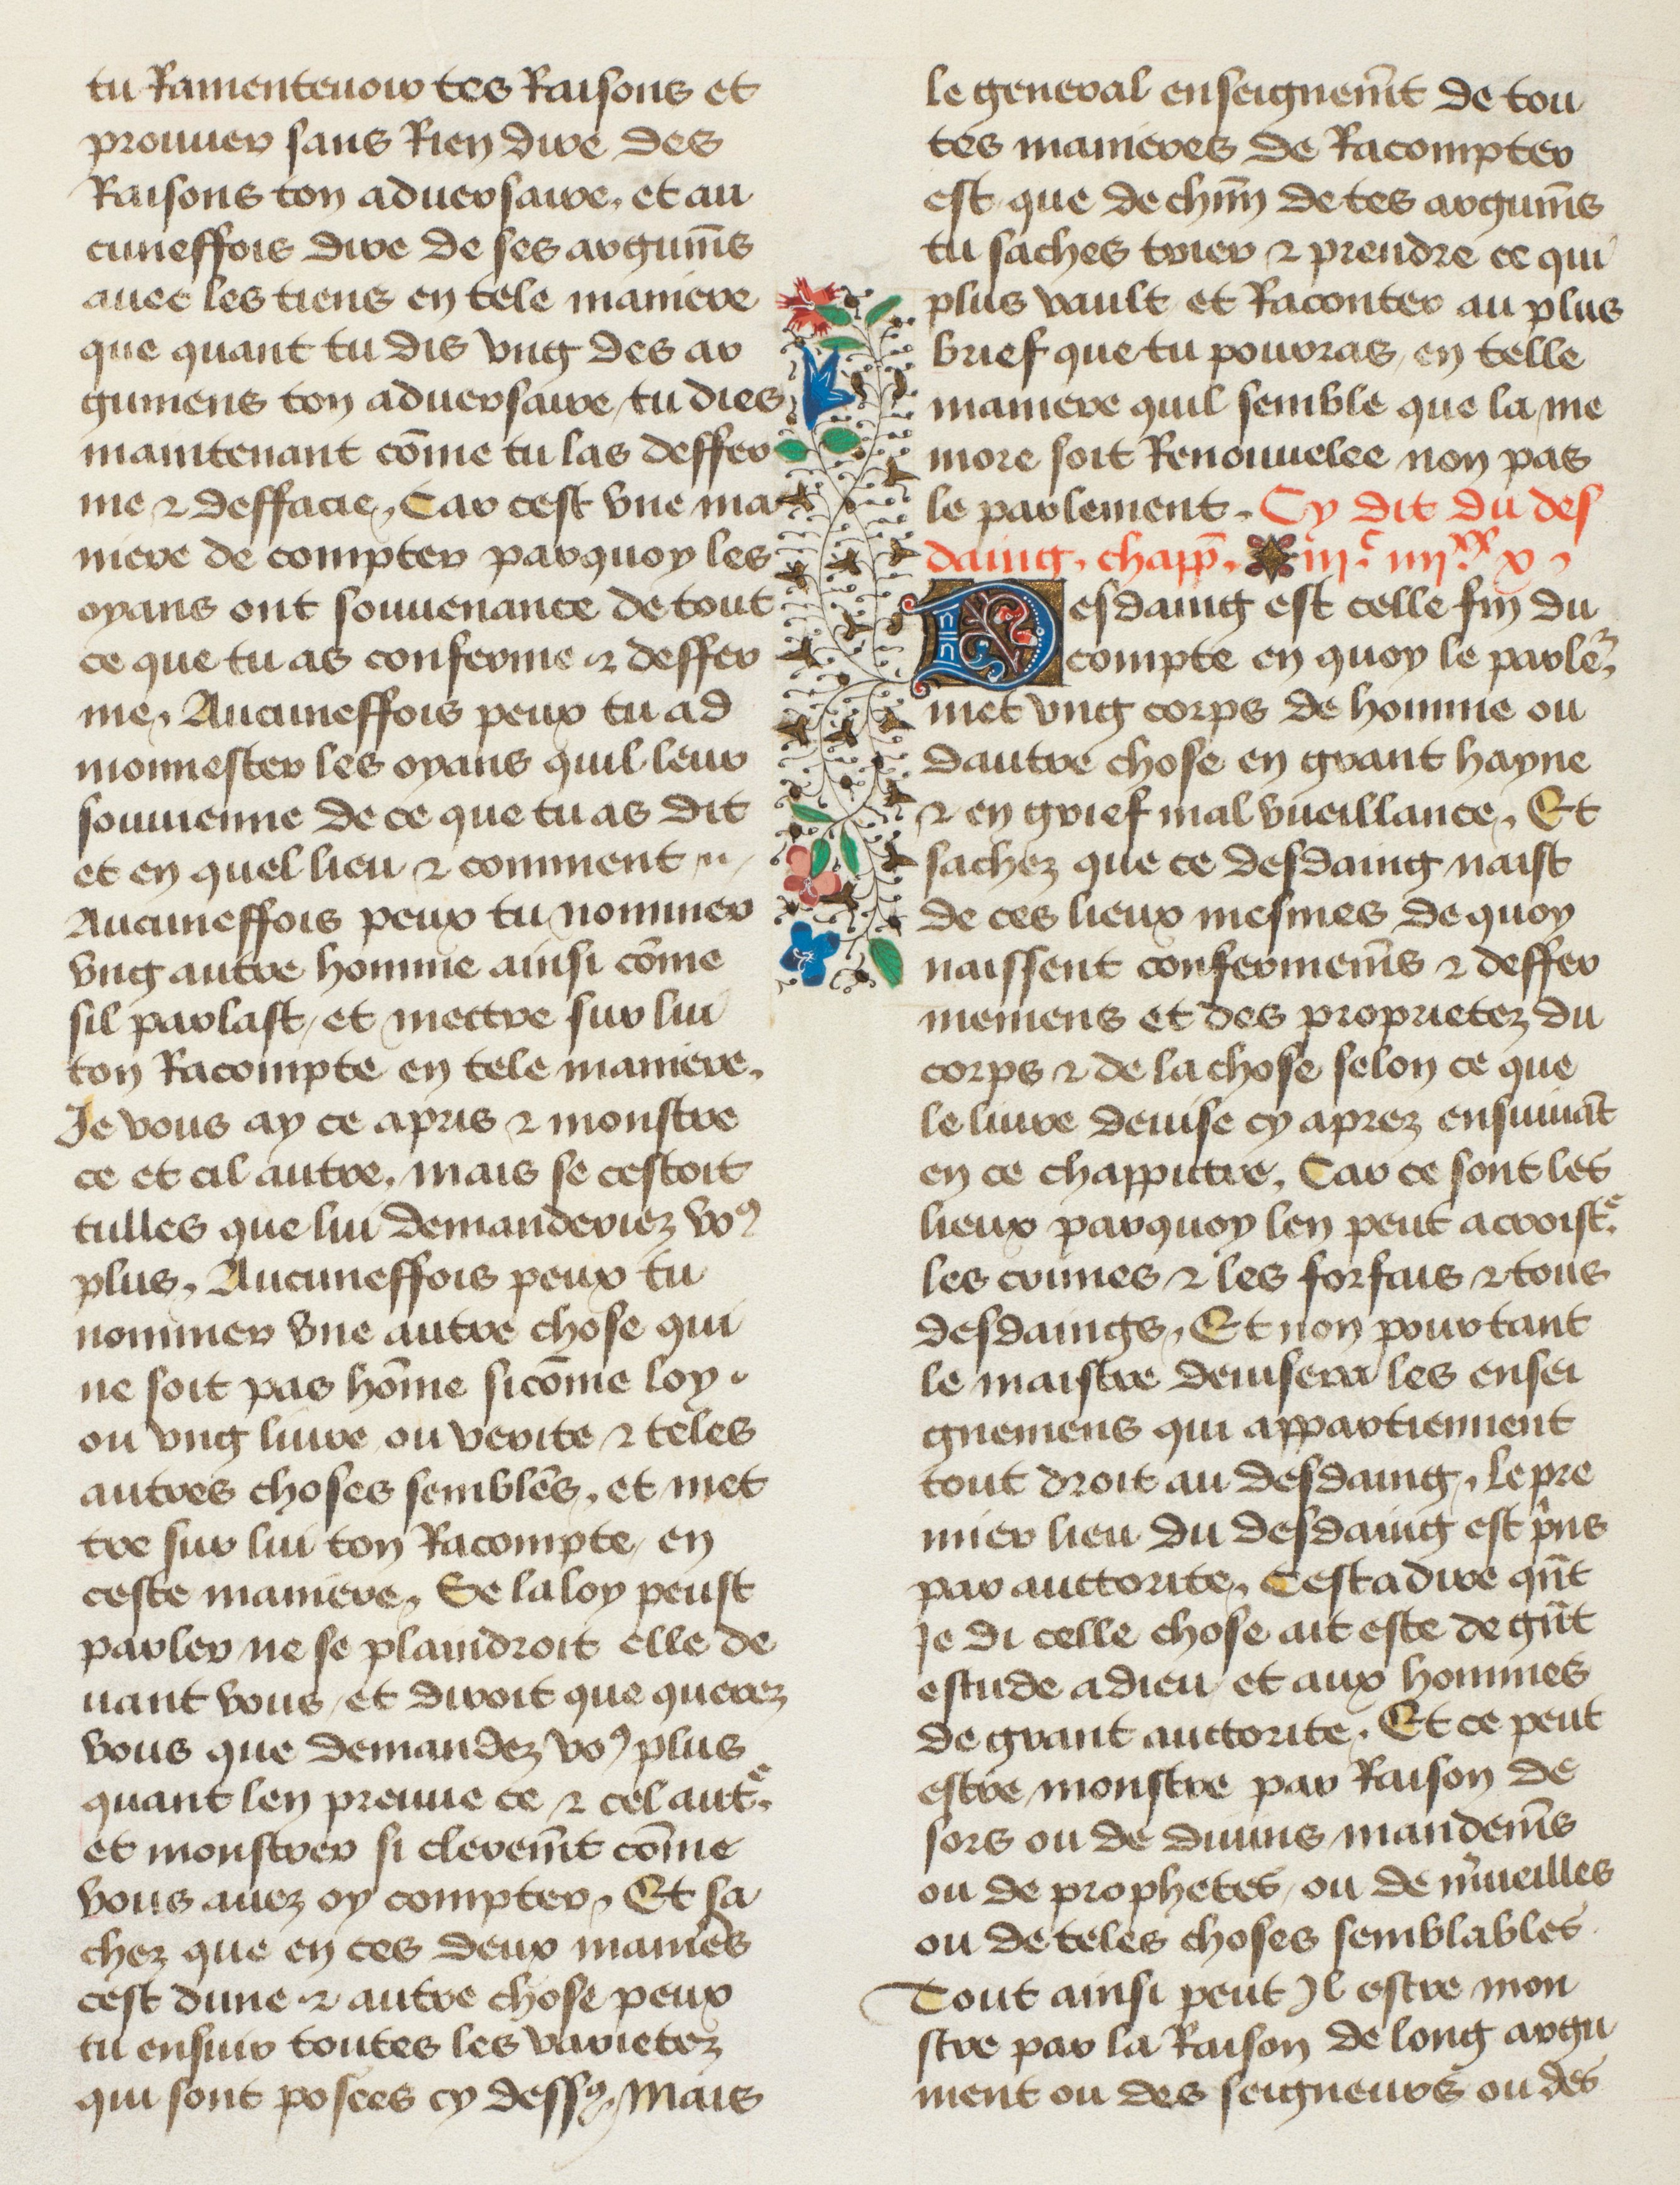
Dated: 1435–1495